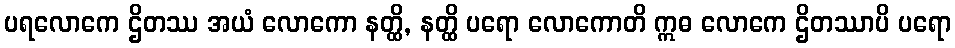
ပရလောကေ ဌိတဿ အယံ လောကော နတ္ထိ, နတ္ထိ ပရော လောကောတိ ဣဓ လောကေ ဌိတဿာပိ ပရော